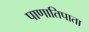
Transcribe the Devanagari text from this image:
पाणातिपाता